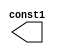
// This program was cloned from: https://github.com/lnis-uofu/SOFA
// License: MIT License

//Generated from netlist by SpyDrNet
//netlist name: FPGA88_SOFA_A
module const1
(
    const1
);

    output const1;

    wire \<const1> ;
    wire const1;

assign const1 = \<const1> ;
endmodule